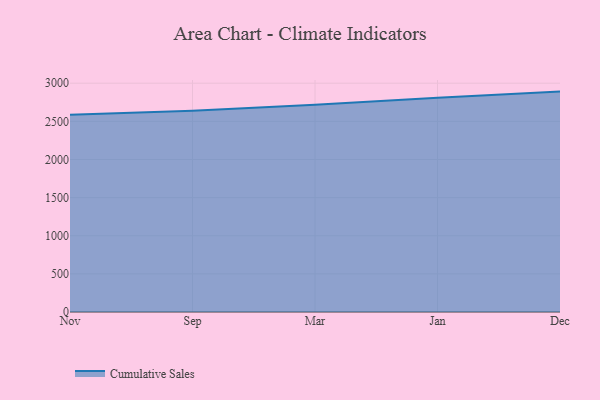
{"axis": {"x": "Month", "y": "Headcount"}, "legend": ["Cumulative Sales"], "data": [{"x": "Nov", "y": 2586.8, "type": "Cumulative Sales"}, {"x": "Sep", "y": 2640.6, "type": "Cumulative Sales"}, {"x": "Mar", "y": 2716.7, "type": "Cumulative Sales"}, {"x": "Jan", "y": 2809.6, "type": "Cumulative Sales"}, {"x": "Dec", "y": 2890.1, "type": "Cumulative Sales"}]}